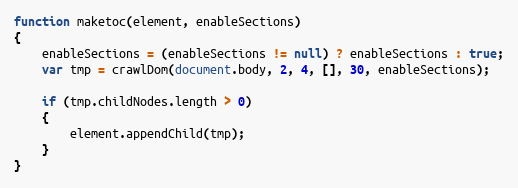
Language: JavaScript
function maketoc(element, enableSections)
{
	enableSections = (enableSections != null) ? enableSections : true;
	var tmp = crawlDom(document.body, 2, 4, [], 30, enableSections);

	if (tmp.childNodes.length > 0)
	{
		element.appendChild(tmp);
	}
}